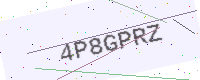
Text: 4P8GPRZ